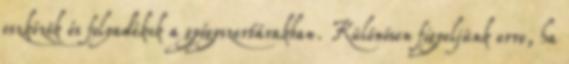
eszközök és folyadékok a gyógyszertárakban. Különösen figyeljünk erre, ha